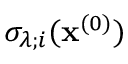
\sigma _ { \lambda ; i } ( \mathbf { x } ^ { ( 0 ) } )